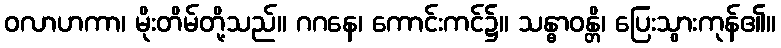
ဝလာဟကာ၊ မိုးတိမ်တို့သည်။ ဂဂနေ၊ ကောင်းကင်၌။ သန္ဓာဝန္တိ၊ ပြေးသွားကုန်၏။